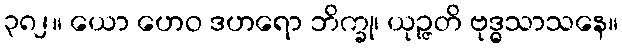
၃၈၂။ ယော ဟေဝ ဒဟရော ဘိက္ခု၊ ယုဉ္ဇတိ ဗုဒ္ဓသာသနေ။